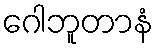
ဂေါဘူတာနံ